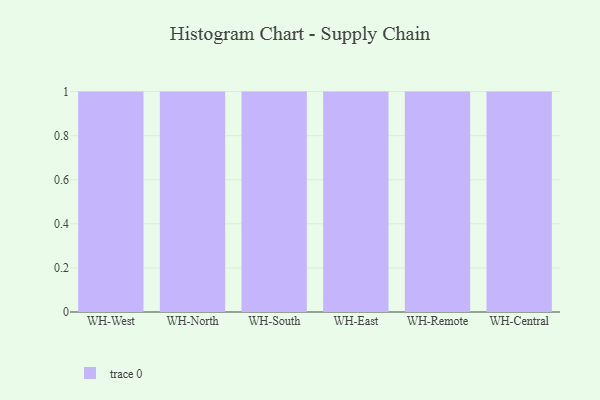
{"axis": {"x": "Warehouse", "y": "Headcount"}, "legend": [""], "data": [{"x": "WH-West", "y": 27, "type": ""}, {"x": "WH-North", "y": 30, "type": ""}, {"x": "WH-South", "y": 57, "type": ""}, {"x": "WH-East", "y": 68, "type": ""}, {"x": "WH-Remote", "y": 92, "type": ""}, {"x": "WH-Central", "y": 89, "type": ""}]}